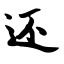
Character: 还